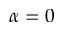
\alpha = 0